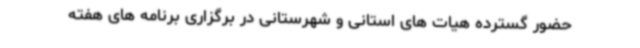
حضور گسترده هیات های استانی و شهرستانی در برگزاری برنامه های هفته